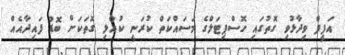
އަފީފް ވިދާޅުވި ގޮތުގައި ހޮސްޕިޓަލްގެ މަސައްކަތް ކުރަނީ ކުއްލި ގޮތަކަށް ބޮޑު ފައިދާއެއް